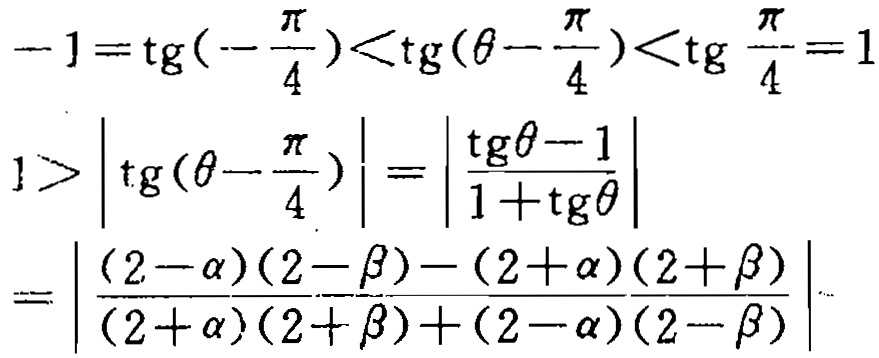
\[-1 = \mathrm{tg}\left(-\frac{\pi}{4}\right)<\mathrm{tg}\left(\theta - \frac{\pi}{4}\right)<\mathrm{tg}\frac{\pi}{4} = 1\]
\[1>\left|\mathrm{tg}\left(\theta - \frac{\pi}{4}\right)\right|=\left|\frac{\mathrm{tg}\theta - 1}{1 + \mathrm{tg}\theta}\right|\]
\[=\left|\frac{(2 - \alpha)(2 - \beta)-(2 + \alpha)(2 + \beta)}{(2 + \alpha)(2 + \beta)+(2 - \alpha)(2 - \beta)}\right|\]